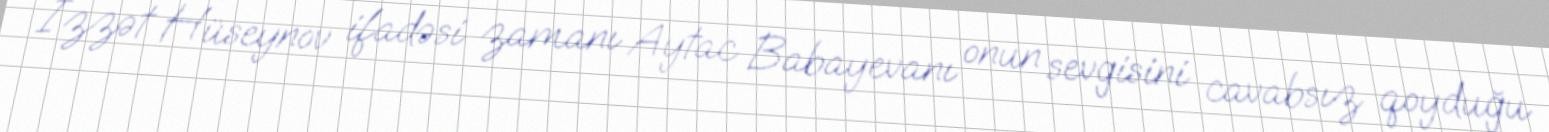
İzzət Hüseynov ifadəsi zamanı Aytac Babayevanı onun sevgisini cavabsız qoyduğu